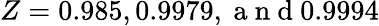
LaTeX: Z=0.985,0.9979,\mathrm{~a~n~d~}0.9994